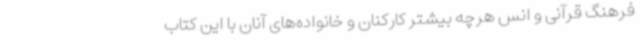
فرهنگ قرآنی و انس هرچه بیشتر کارکنان و خانواده‌های آنان با این کتاب